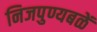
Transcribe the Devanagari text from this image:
निजपुण्यबळें